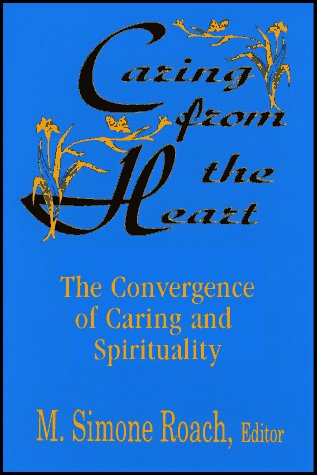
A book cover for Caring from the Heart: The Convergence of Caring and Spirituality; Christian Books & Bibles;